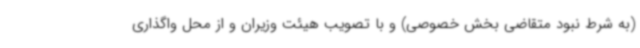
(به شرط نبود متقاضی بخش خصوصی) و با تصویب هیئت وزیران و از محل واگذاری